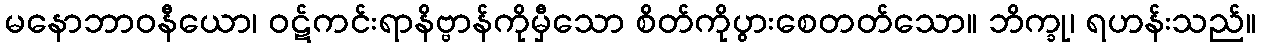
မနောဘာဝနီယော၊ ဝဋ်ကင်းရာနိဗ္ဗာန်ကိုမှီသော စိတ်ကိုပွားစေတတ်သော။ ဘိက္ခု၊ ရဟန်းသည်။